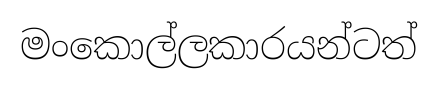
මංකොල්ලකාරයන්ටත්